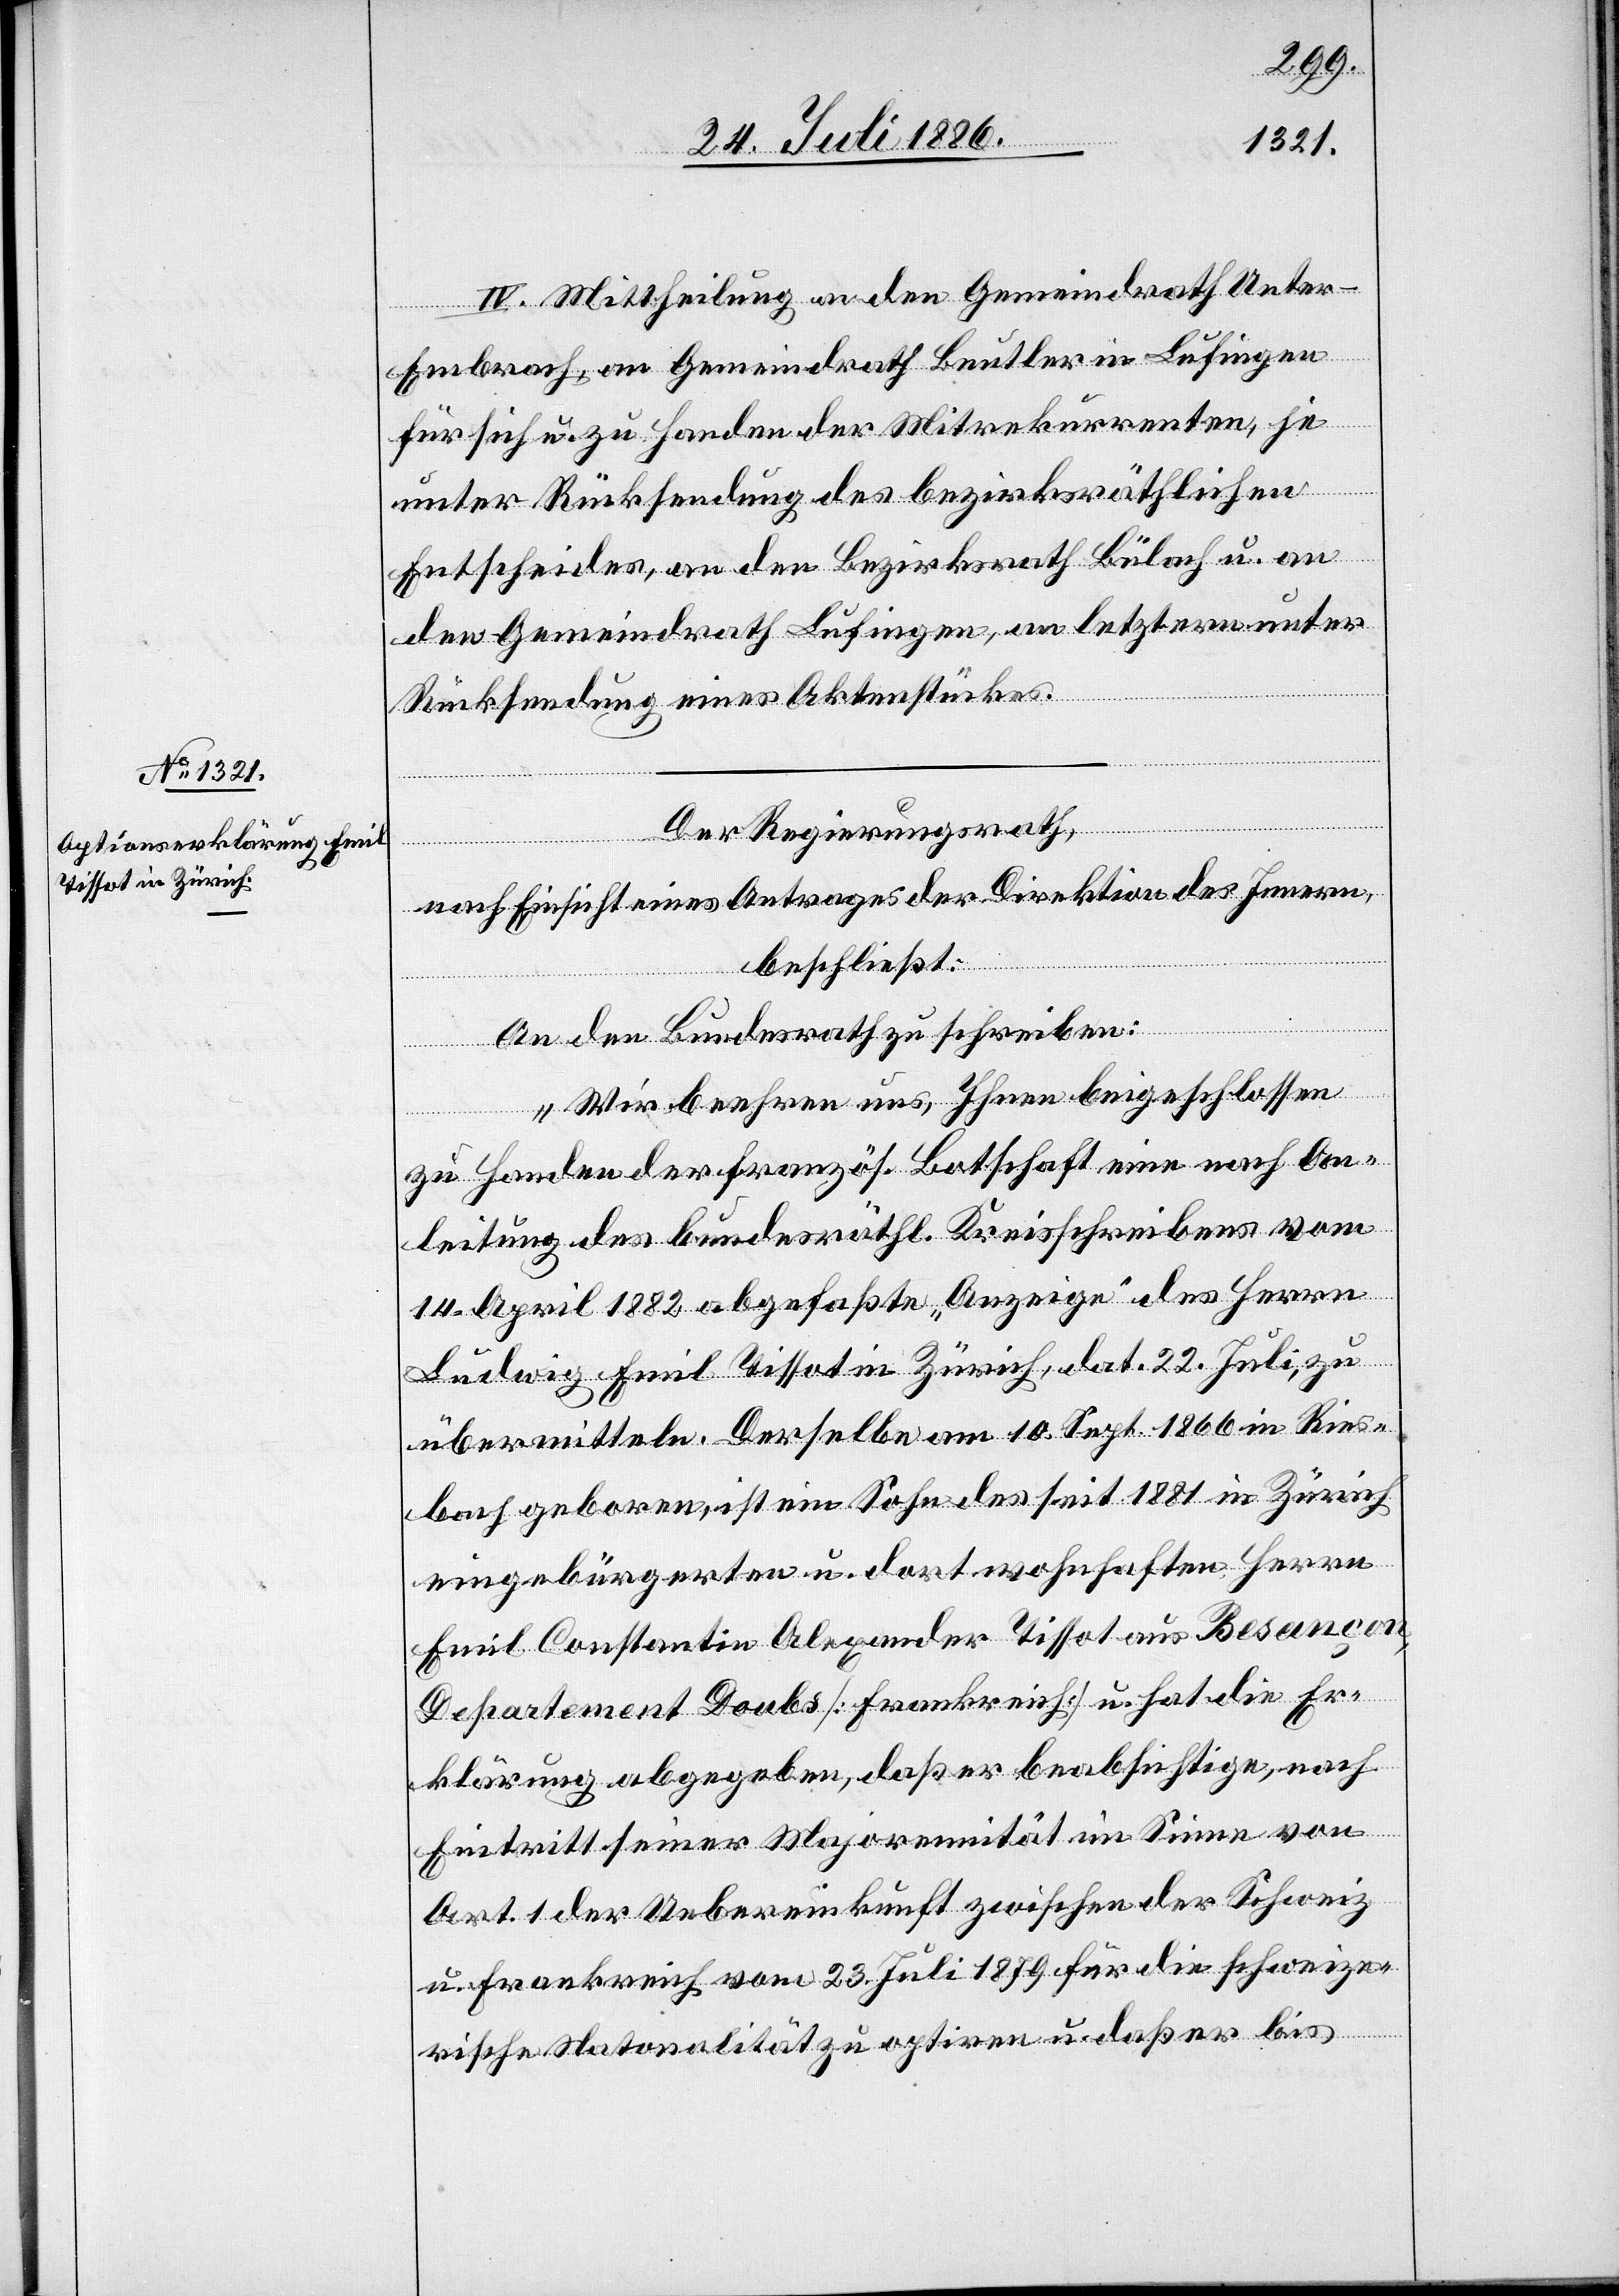
IV. Mittheilung an den Gemeindrath Unter-E¬
mbrach, an Gemeindrath Beutler in Lufingen
für sich u. zu Handen der Mitrekurrenten, je
unter Rücksendung des bezirksräthlichen
Entscheides, an den Bezirksrath Bülach u. an
den Gemeindrath Lufingen, an letztern unter
Rücksendung eines Aktenstückes.
der Regierungsrath,
nach Einsicht eines Antrages der Direktion des Innern,
beschließt:
An den Bundesrath zu schreiben:
„Wir beehren uns, Ihnen beigeschlossen
zu Handen der französ. Botschaft eine nach An¬
leitung des bundesräthl. Kreisschreibens vom
14. April 1882 abgefaßte „Anzeige“ des Herrn
Ludwig Emil Tissot in Zürich, dat. 22. Juli, zu
übermitteln. Derselbe am 10. Sept. 1866 in Ries¬
bach geboren, ist ein Sohn des seit 1881 in Zürich
eingebürgerten u. dort wohnhaften Herrn
Emil Constantin Alexander Tissot aus Besançon,
Departement Doubs [Frankreich] u. hat die Er¬
klärung abgegeben, daß er beabsichtige, nach
Eintritt seiner Majorennität im Sinne von
Art. 1 der Uebereinkunft zwischen der Schweiz
u. Frankreich vom 23. Juli 1879 für die schweize¬
rische Nationalität zu optiren u. daß er bis